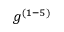
g ^ { ( 1 - 5 ) }